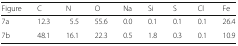
| Figure | C | N | O | Na | Si | S | Cl | Fe |
 | --- | --- | --- | --- | --- | --- | --- | --- | --- |
 | 7a | 12.3 | 5.5 | 55.6 | 0.0 | 0.1 | 0.1 | 0.1 | 26.4 |
 | 7b | 48.1 | 16.1 | 22.3 | 0.5 | 1.8 | 0.3 | 0.1 | 10.9 |